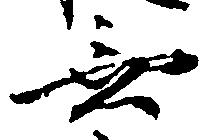
無